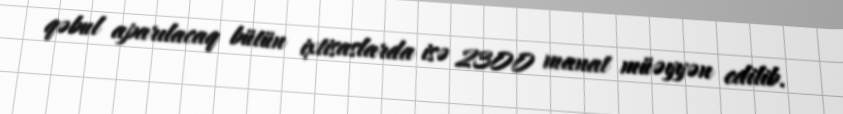
qəbul aparılacaq bütün ixtisaslarda isə 2300 manat müəyyən edilib.